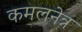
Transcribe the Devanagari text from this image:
कमलनेत्र